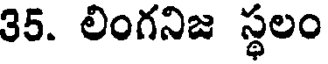
35. లింగనిజ స్థలం